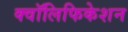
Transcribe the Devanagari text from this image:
क्वॉलिफिकेशन